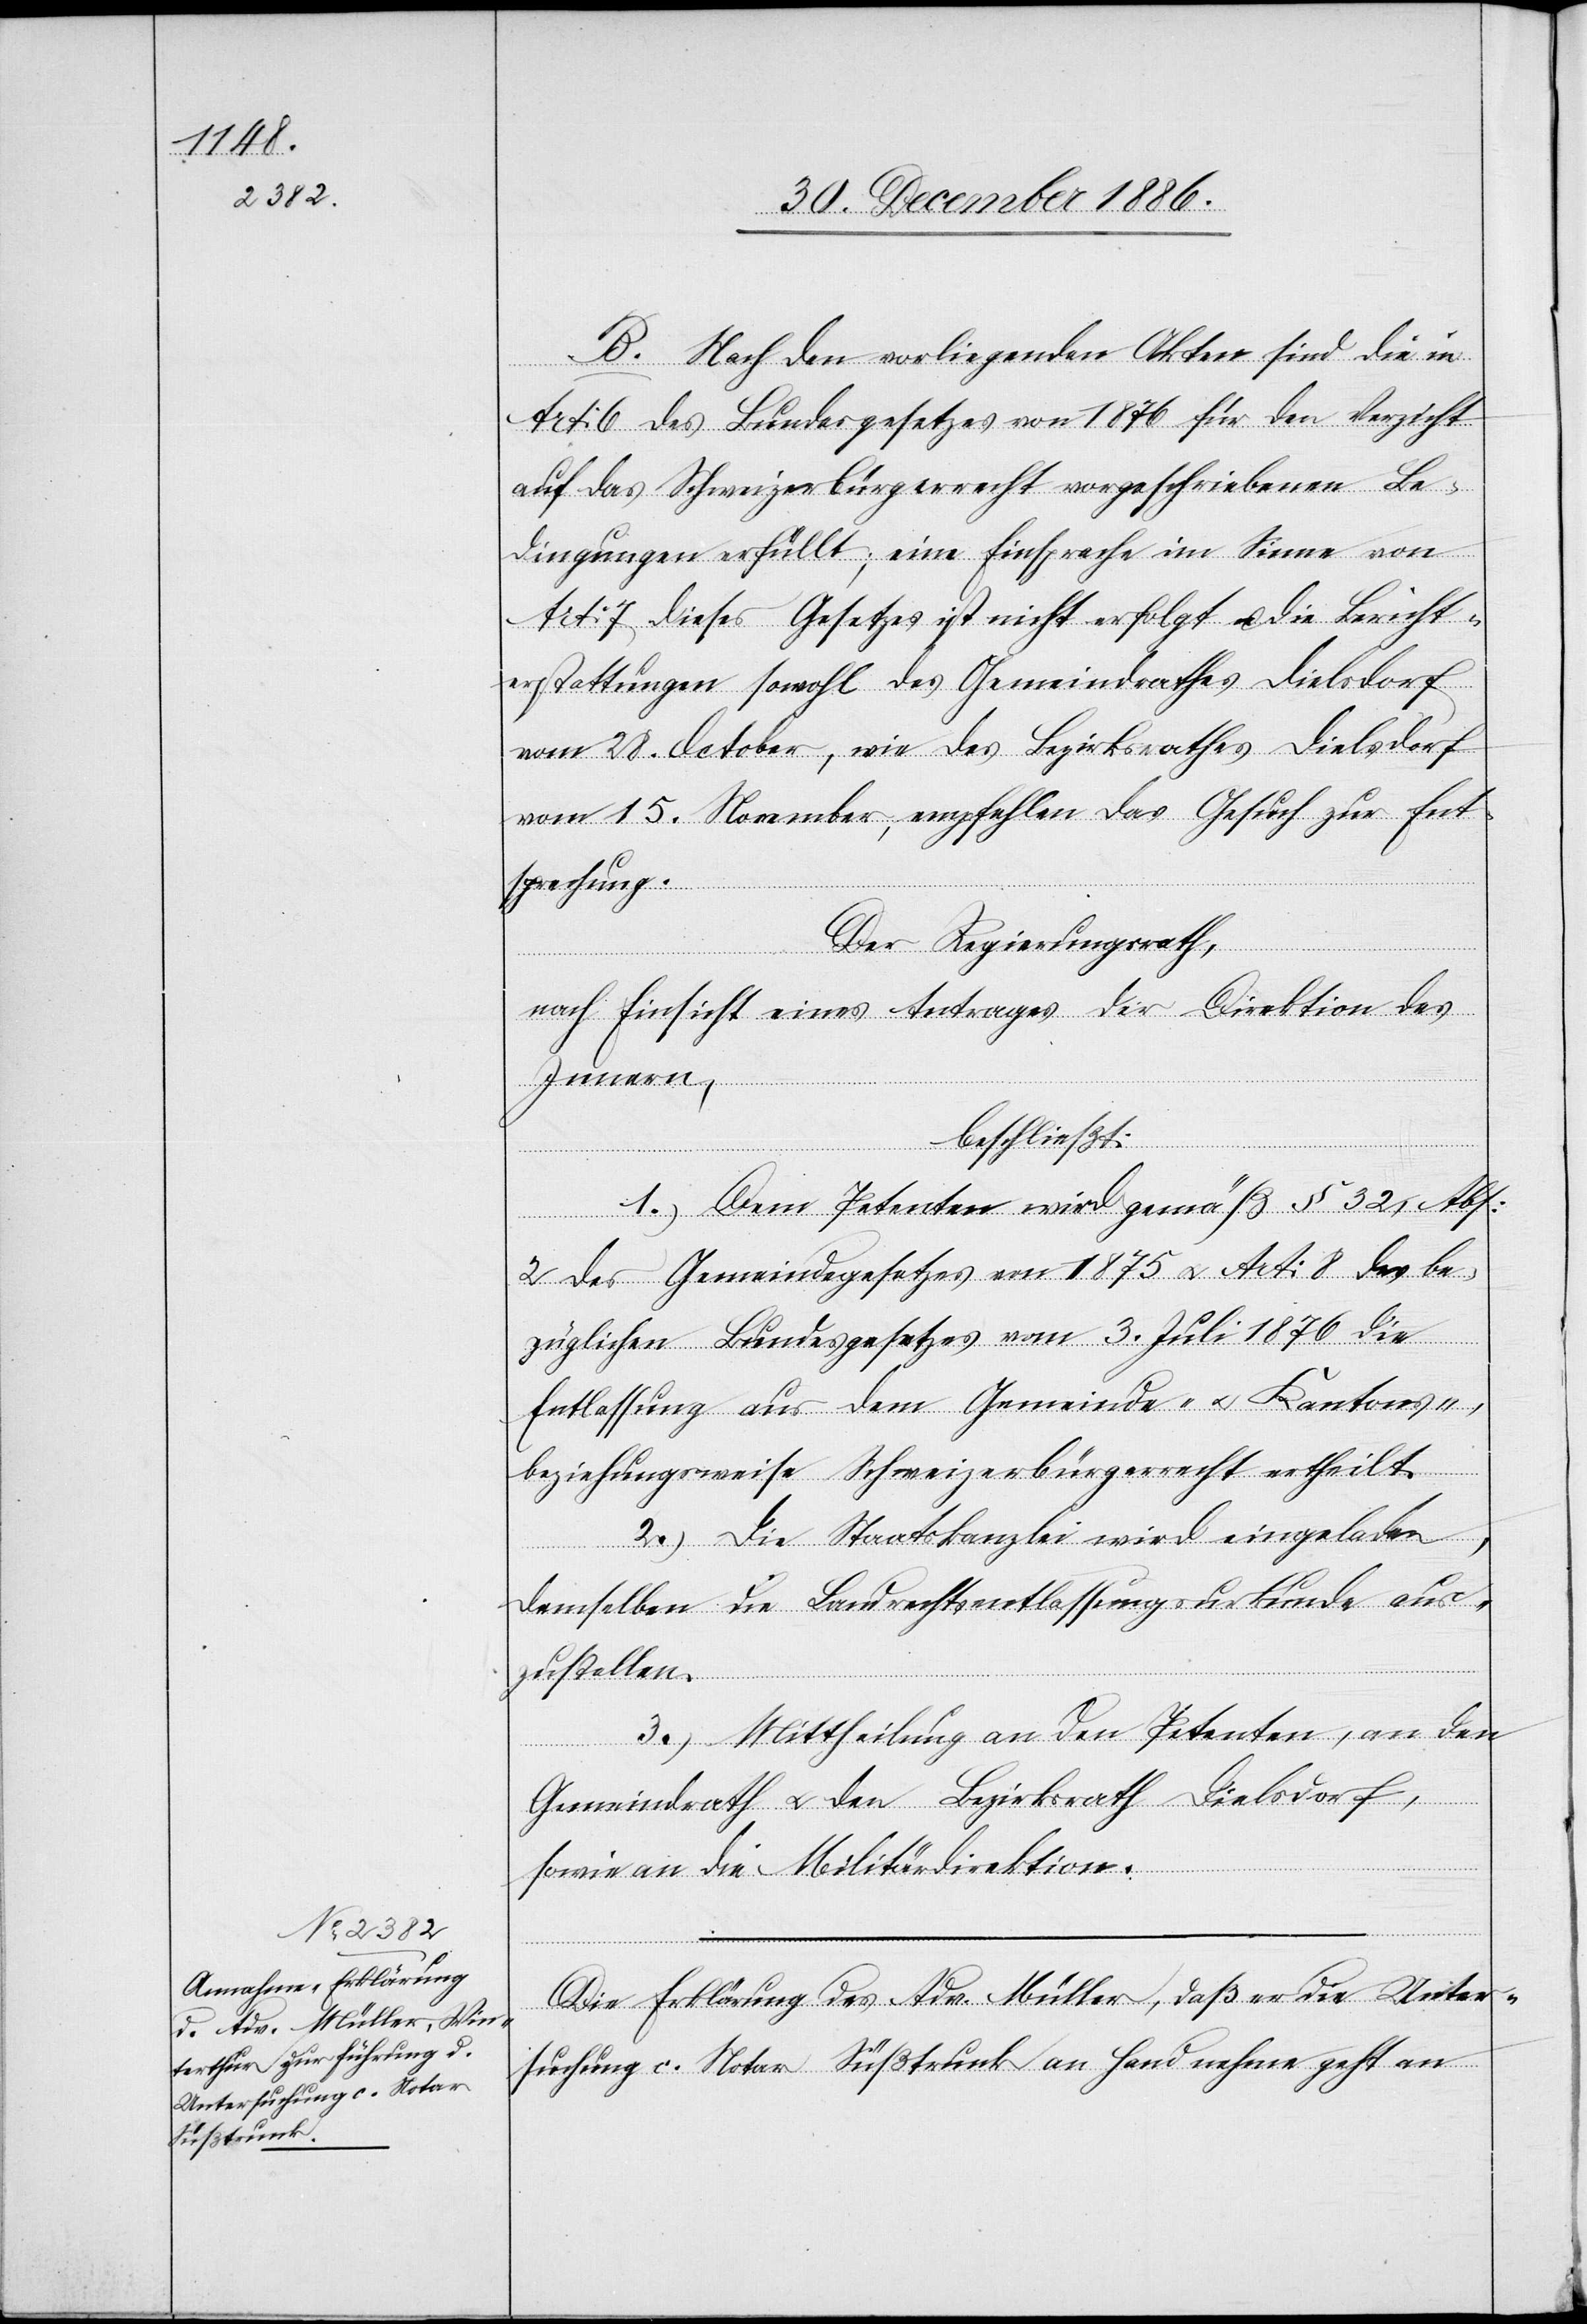
B. Nach den vorliegenden Akten sind die in
Art: 6 des Bundesgesetzes von 1876 für den Verzicht
auf das Schweizerbürgerrecht vorgeschriebenen Be¬
dingungen erfüllt; eine Einsprache im Sinne von
Art: 7 dieses Gesetzes ist nicht erfolgt u. die Bericht¬
erstattungen sowohl des Gemeindrathes Dielsdorf
vom 28. October, wie des Bezirksrathes Dielsdorf
vom 15. November, empfehlen das Gesuch zur Ent¬
sprechung.
Der Regierungsrath,
nach Einsicht eines Antrages der Direktion des
Innern,
beschließt:
1.) Dem Petenten wird gemäß § 32, Abs:
2 des Gemeindegesetzes von 1875 & Art: 8 des be¬
züglichen Bundesgesetzes vom 3. Juli 1876 die
Entlassung aus dem Gemeinde- & Kantons-
beziehungsweise Schweizerbürgerrecht ertheilt.
2.) Die Staatskanzlei wird eingeladen,
demselben die Landrechtsentlassungsurkunde aus¬
zustellen.
3.) Mittheilung an den Petenten, an den
Gemeindrath & den Bezirksrath Dielsdorf,
sowie an die Militärdirektion.
Die Erklärung des Adv. Müller, daß er die Unter¬
suchung c. Notar Süßtrunk an Hand nehme geht an